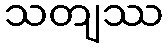
သတျဿ